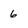
Character: 6